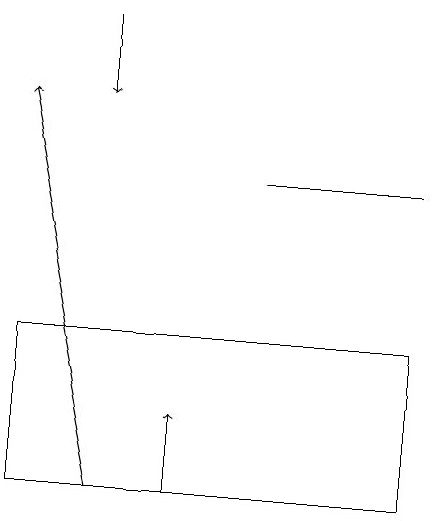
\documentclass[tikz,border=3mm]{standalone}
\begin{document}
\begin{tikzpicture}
\draw[->] (3,18) -- (3,17);
\draw (7,16) rectangle (5,16);
\draw[->] (4,12) -- (4,13);
\draw[->] (3,12) -- (2,17);
\draw (2,12) rectangle (7,14);
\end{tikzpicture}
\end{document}